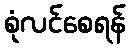
စုံလင်စေရန်